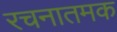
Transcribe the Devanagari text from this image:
रचनातमक